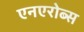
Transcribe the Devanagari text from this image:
एनएरोब्स